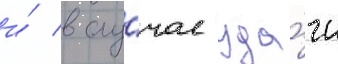
и́ в слу́чае уда́чи